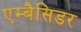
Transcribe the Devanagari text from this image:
एम्बैसिडर